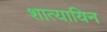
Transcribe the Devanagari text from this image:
शात्यायिन